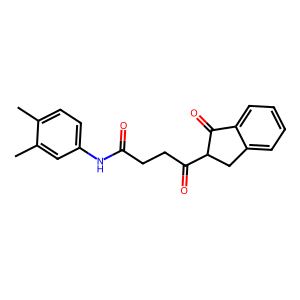
SMILES: Cc1ccc(NC(=O)CCC(=O)C2Cc3ccccc3C2=O)cc1C
Inhibits HIV replication: No